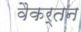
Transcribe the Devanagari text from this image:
वैकर्तन